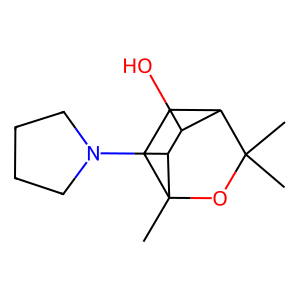
SMILES: CC1(C)OC2(C)CCC1C(O)C2N1CCCC1
Inhibits HIV replication: No